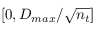
[ 0 , D _ { m a x } / \sqrt { n _ { t } } ]